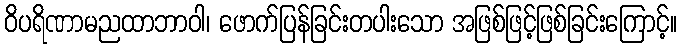
ဝိပရိဏာမညထာဘာဝါ၊ ဖောက်ပြန်ခြင်းတပါးသော အဖြစ်ဖြင့်ဖြစ်ခြင်းကြောင့်။